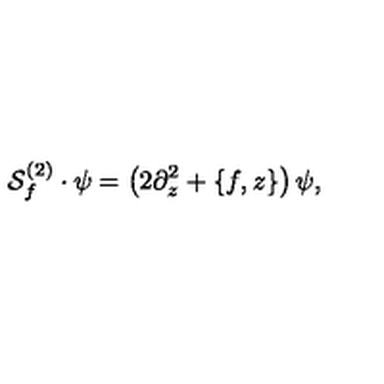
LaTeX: { \cal S } _ { f } ^ { ( 2 ) } \cdot \psi = \left( 2 \partial _ { z } ^ { 2 } + \{ f , z \} \right) \psi ,